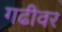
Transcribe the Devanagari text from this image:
गढीवर